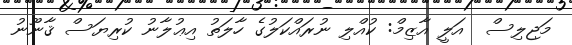
މަޖިލިސް  އަލީ އާޒިމް: ކުއްލި ނުރައްކަލުގެ ހާލަތު އިޢުލާނު ކުރިޔަސް ޤާނޫނު